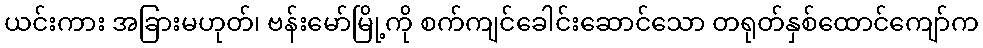
ယင်းကား အခြားမဟုတ်၊ ဗန်းမော်မြို့ကို စက်ကျင်ခေါင်းဆောင်သော တရုတ်နှစ်ထောင်ကျော်က